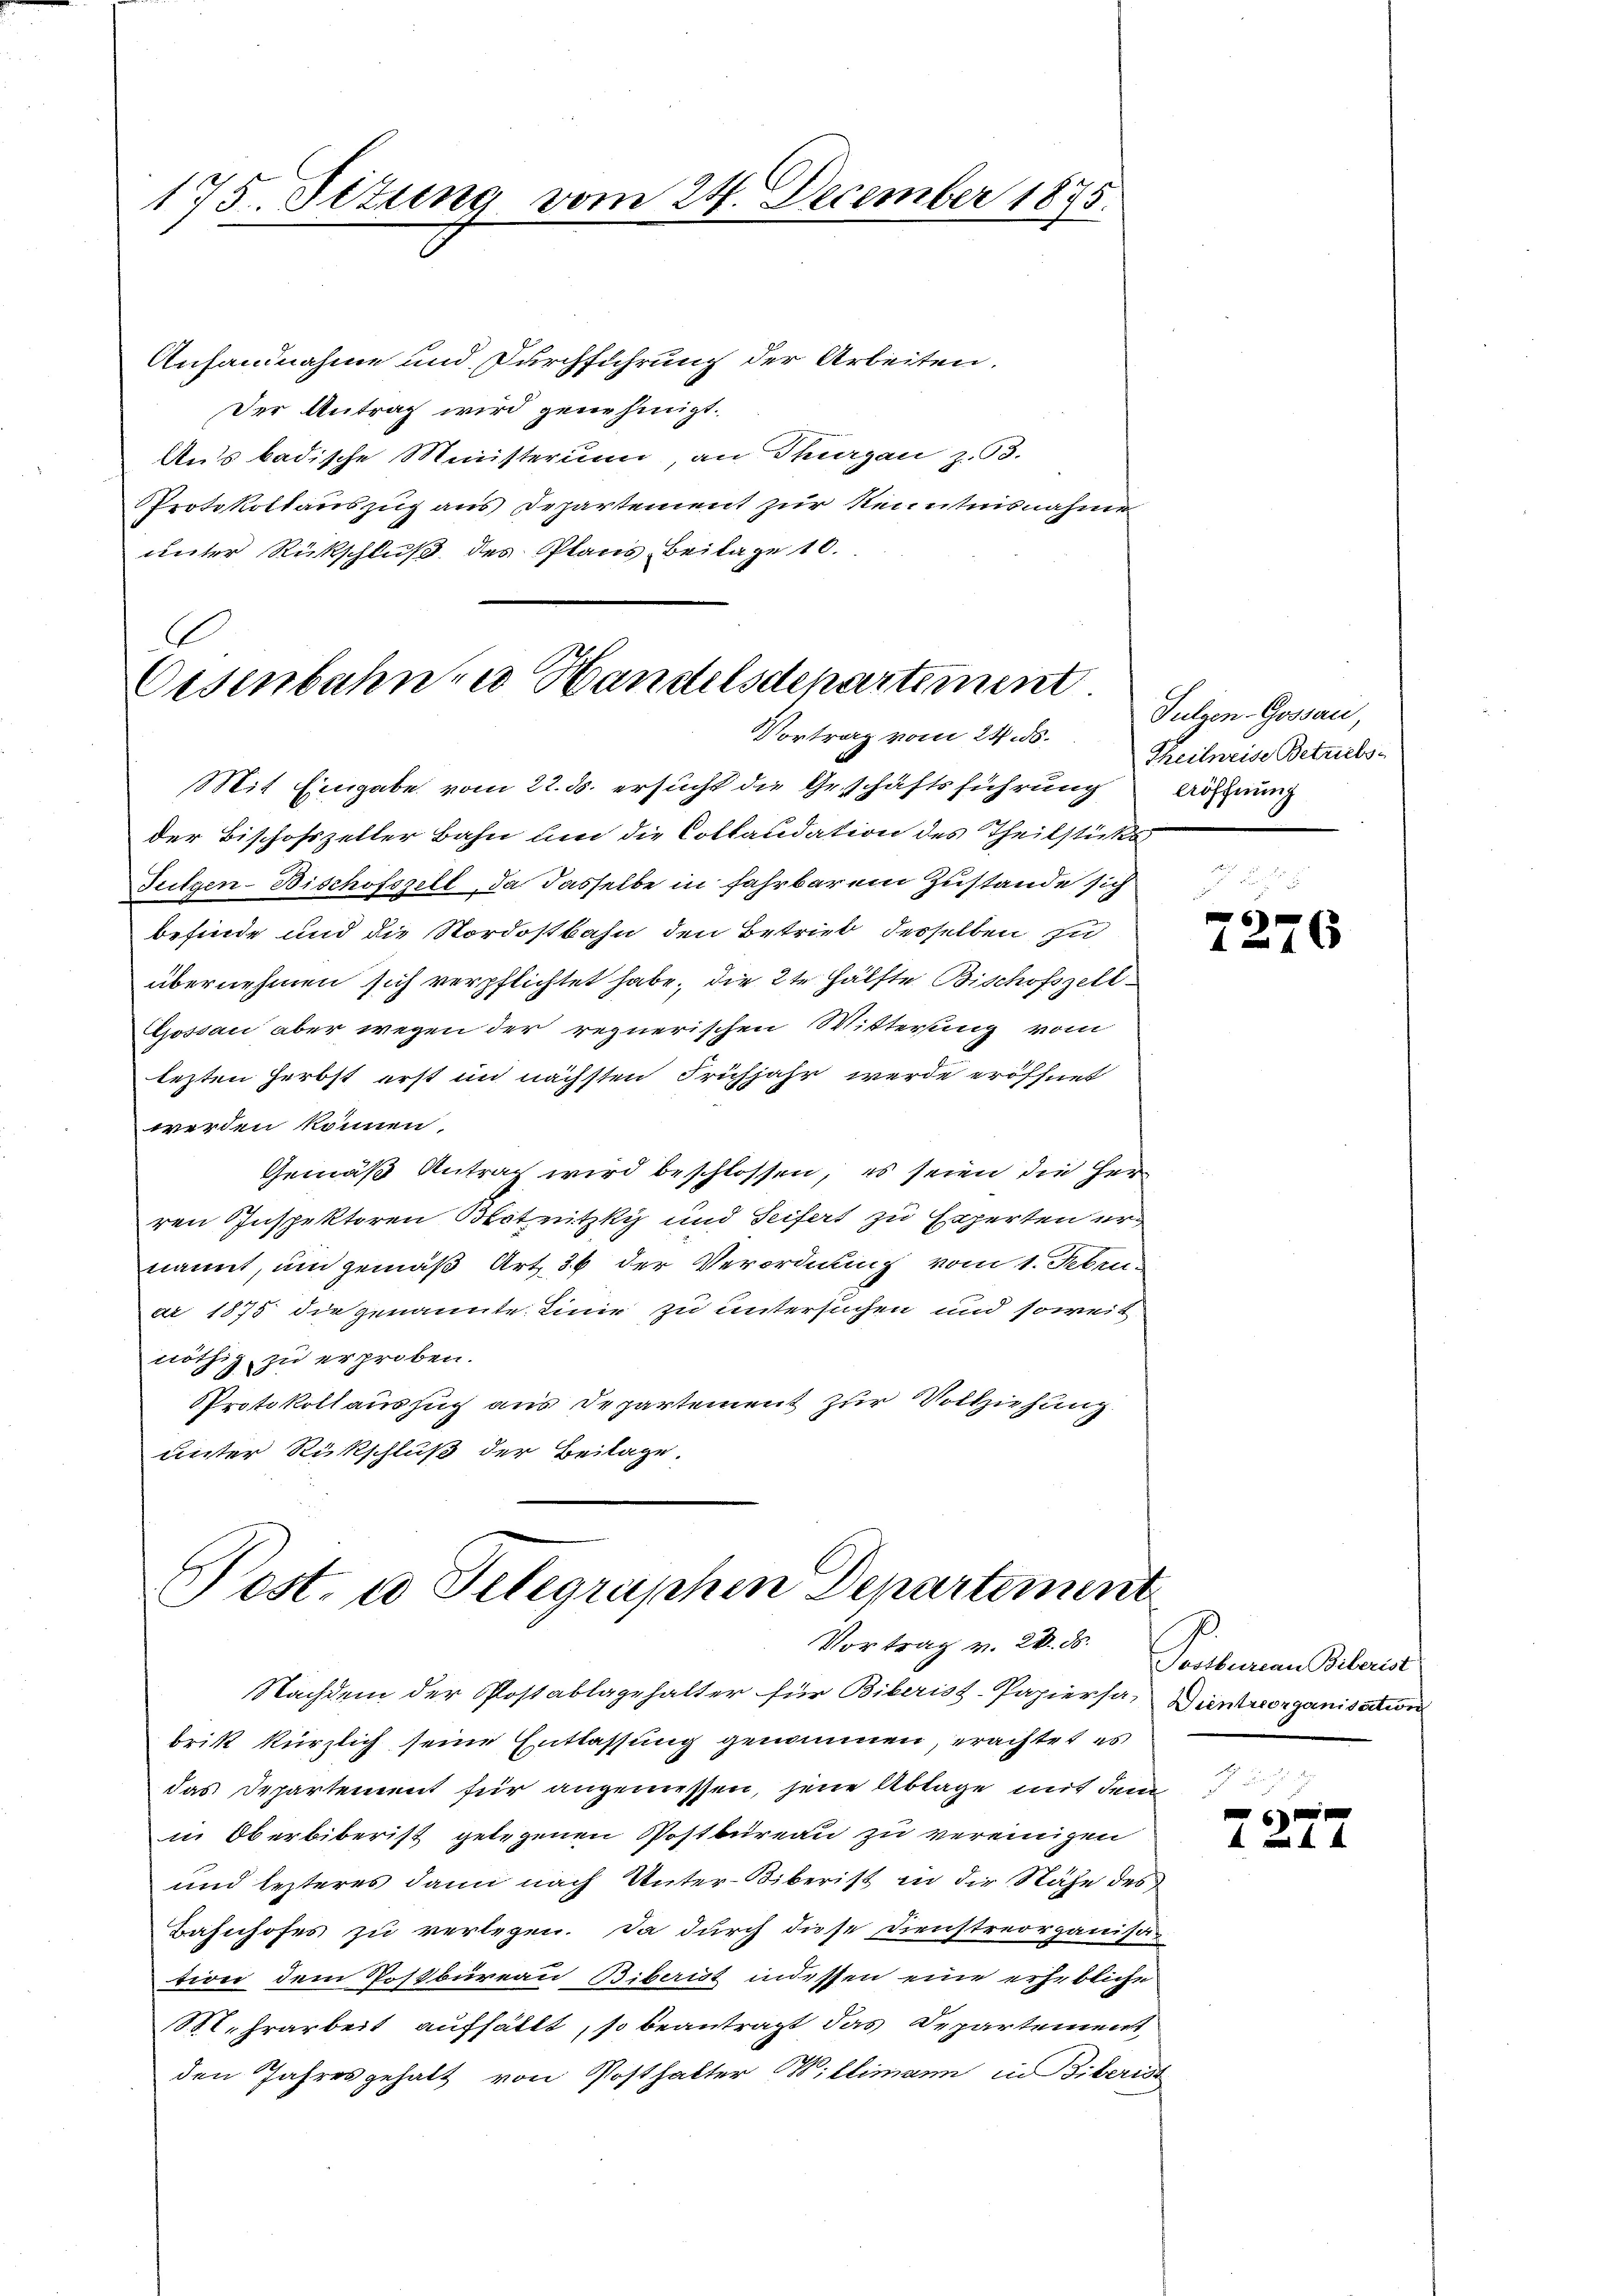
175. Setung vom 24. December 1875.

Anhandnahme und Durchführung der Arbeiten.
Der Antrag wird genehmigt.
Aus badische Ministerium, an Thurgau z. 53.
Protokollauszug aus Departement zur Kenntnisnahme
unter Rückschluß des Plans Beilage 10.

.
Eisenbahn zu Handelsdepartement
Vortrag vom 24. ds.

Mit Eingabe vom 22. ds. ersucht die Geschäftsführung
der Bischofszeller Bahn und die Collaudation des Theilstücks
Fulgen-Bischofszell, da dasselbe in fahrbarem Zustande sich
befinde und die Nordostbahn den Betrieb derselben zu
übernehmen sich verpflichtet habe, die 2te Hälfte Bischofszell
Gossau aber wegen der regnerischen Witterung vom
lezten Herbst erst im nächsten Frühjahr werde eröffnet
werden können.
Gemäß Antrag wird beschlossen, es seien die Herren Inspektoren Blotnitzky und Seifert zu Experten ernannt, und gemäß Art. 36 der Verordnung vom 1. Febru
ar 1875 die genannte. Linie zu untersuchen und soweit
nöthig zu erproben.
Protokollauszug aus Departement zur Vollziehung
unter Rückschluß der Beilage.

Post- u Telegraphen Departement
Vortrag v. 20. d. Postburian Biberist

Nachdem der Postablagehalter für Biberisz-Papiersa, Düntvorganisation
brik kürzlich seine Entlassung genommen, erachtet es
das Departement für angemessen, jene Ablage mit dem
in Oberbiberist gelegenen Postbureau zu vereinigen
und lezteres dann nach Unter-Biberist in die Nähe des
Bahnhofes zu verlegen. Da durch diese Dienstreorganisa-
tion dem Postbüreau, Biberist indessen eine erhebliche
S.hrarbeit auffällt, so beantragt das Departement
den Jahres gehalt von Posthalter Willimann in Biberist

Sulgen-Gossau,
Theilweise Betriebs
Aöffnung

61
1276

6
 4